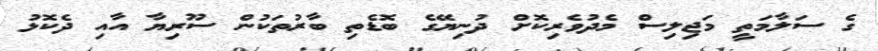
ގެ ސަލާމަތީ މަޖިލިސް މެދުވެރިކޮށް ދުނިޔޭގެ ބޮޑެތި ބާރުތަކުން ސޫރިޔާ އާއި ދެކޮޅު